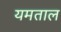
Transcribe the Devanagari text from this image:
यमताल